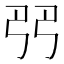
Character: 𠨓